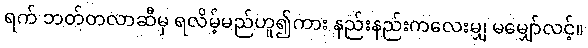
ရက် ဘတ်တလာဆီမှ ရလိမ့်မည်ဟူ၍ကား နည်းနည်းကလေးမျှ မမျှော်လင့်။